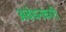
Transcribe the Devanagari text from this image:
अबंधनकारी